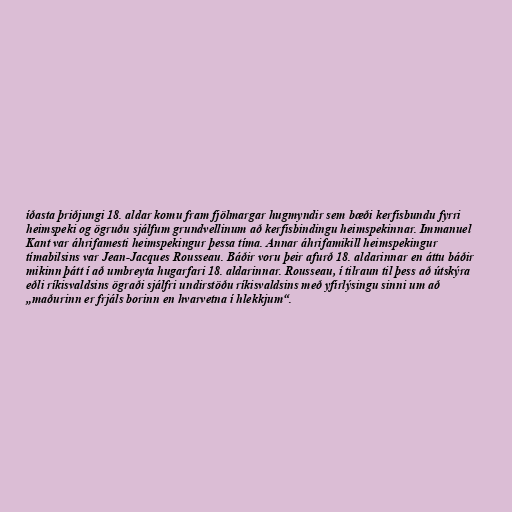
íðasta þriðjungi 18. aldar komu fram fjölmargar hugmyndir sem bæði kerfisbundu fyrri
heimspeki og ögruðu sjálfum grundvellinum að kerfisbindingu heimspekinnar. Immanuel
Kant var áhrifamesti heimspekingur þessa tíma. Annar áhrifamikill heimspekingur
tímabilsins var Jean-Jacques Rousseau. Báðir voru þeir afurð 18. aldarinnar en áttu báðir
mikinn þátt í að umbreyta hugarfari 18. aldarinnar. Rousseau, í tilraun til þess að útskýra
eðli ríkisvaldsins ögraði sjálfri undirstöðu ríkisvaldsins með yfirlýsingu sinni um að
„maðurinn er frjáls borinn en hvarvetna í hlekkjum“.